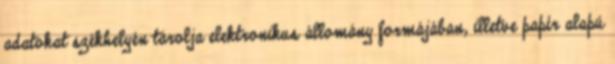
adatokat székhelyén tárolja elektronikus állomány formájában, illetve papír alapú